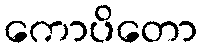
ကောပိတော